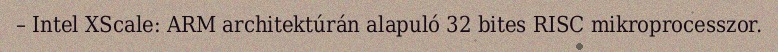
– Intel XScale: ARM architektúrán alapuló 32 bites RISC mikroprocesszor.